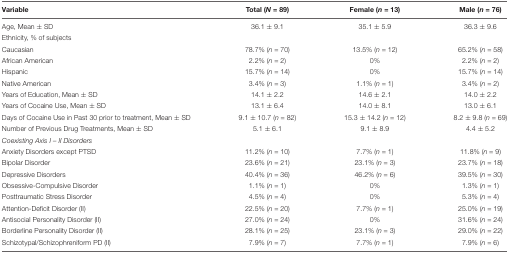
<table><thead><tr><td><b>Variable</b></td><td><b>Total (<i>N</i> = 89)</b></td><td><b>Female (<i>n</i> = 13)</b></td><td><b>Male (<i>n</i> = 76)</b></td></tr></thead><tbody><tr><td>Age, Mean ± SD</td><td>36.1 ± 9.1</td><td>35.1 ± 5.9</td><td>36.3 ± 9.6</td></tr><tr><td>Ethnicity, % of subjects</td><td colspan="3"></td></tr><tr><td>Caucasian</td><td>78.7% (<i>n</i> = 70)</td><td>13.5% (<i>n</i> = 12)</td><td>65.2% (<i>n</i> = 58)</td></tr><tr><td>African American</td><td>2.2% (<i>n</i> = 2)</td><td>0%</td><td>2.2% (<i>n</i> = 2)</td></tr><tr><td>Hispanic</td><td>15.7% (<i>n</i> = 14)</td><td>0%</td><td>15.7% (<i>n</i> = 14)</td></tr><tr><td>Native American</td><td>3.4% (<i>n</i> = 3)</td><td>1.1% (<i>n</i> = 1)</td><td>3.4% (<i>n</i> = 2)</td></tr><tr><td>Years of Education, Mean ± SD</td><td>14.1 ± 2.2</td><td>14.6 ± 2.1</td><td>14.0 ± 2.2</td></tr><tr><td>Years of Cocaine Use, Mean ± SD</td><td>13.1 ± 6.4</td><td>14.0 ± 8.1</td><td>13.0 ± 6.1</td></tr><tr><td>Days of Cocaine Use in Past 30 prior to treatment, Mean ± SD</td><td>9.1 ± 10.7 (<i>n</i> = 82)</td><td>15.3 ± 14.2 (<i>n</i> = 12)</td><td>8.2 ± 9.8 (<i>n</i> = 69)</td></tr><tr><td>Number of Previous Drug Treatments, Mean ± SD</td><td>5.1 ± 6.1</td><td>9.1 ± 8.9</td><td>4.4 ± 5.2</td></tr><tr><td><i>Coexisting Axis I – II Disorders</i></td><td></td><td></td><td></td></tr><tr><td>Anxiety Disorders except PTSD</td><td>11.2% (<i>n</i> = 10)</td><td>7.7% (<i>n</i> = 1)</td><td>11.8% (<i>n</i> = 9)</td></tr><tr><td>Bipolar Disorder</td><td>23.6% (<i>n</i> = 21)</td><td>23.1% (<i>n</i> = 3)</td><td>23.7% (<i>n</i> = 18)</td></tr><tr><td>Depressive Disorders</td><td>40.4% (<i>n</i> = 36)</td><td>46.2% (<i>n</i> = 6)</td><td>39.5% (<i>n</i> = 30)</td></tr><tr><td>Obsessive-Compulsive Disorder</td><td>1.1% (<i>n</i> = 1)</td><td>0%</td><td>1.3% (<i>n</i> = 1)</td></tr><tr><td>Posttraumatic Stress Disorder</td><td>4.5% (<i>n</i> = 4)</td><td>0%</td><td>5.3% (<i>n</i> = 4)</td></tr><tr><td>Attention-Deficit Disorder (II)</td><td>22.5% (<i>n</i> = 20)</td><td>7.7% (<i>n</i> = 1)</td><td>25.0% (<i>n</i> = 19)</td></tr><tr><td>Antisocial Personality Disorder (II)</td><td>27.0% (<i>n</i> = 24)</td><td>0%</td><td>31.6% (<i>n</i> = 24)</td></tr><tr><td>Borderline Personality Disorder (II)</td><td>28.1% (<i>n</i> = 25)</td><td>23.1% (<i>n</i> = 3)</td><td>29.0% (<i>n</i> = 22)</td></tr><tr><td>Schizotypal/Schizophreniform PD (II)</td><td>7.9% (<i>n</i> = 7)</td><td>7.7% (<i>n</i> = 1)</td><td>7.9% (<i>n</i> = 6)</td></tr></tbody></table>